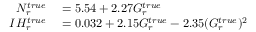
\begin{array} { r l } { N _ { r } ^ { t r u e } } & { { } = 5 . 5 4 + 2 . 2 7 G _ { r } ^ { t r u e } } \\ { I H _ { r } ^ { t r u e } } & { { } = 0 . 0 3 2 + 2 . 1 5 G _ { r } ^ { t r u e } - 2 . 3 5 ( G _ { r } ^ { t r u e } ) ^ { 2 } } \end{array}